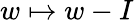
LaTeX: w\mapsto w-I